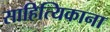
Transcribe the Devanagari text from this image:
साहित्यिकाना